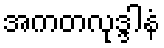
အကတလုဒ္ဒါနံ